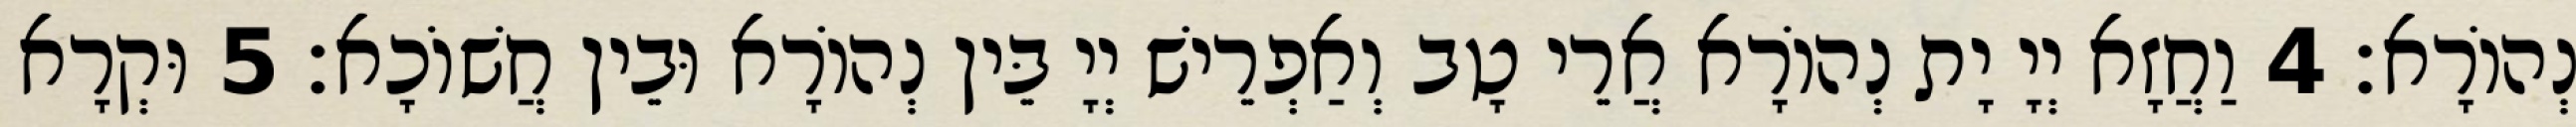
נְהוֹרָא׃ 4 וַחֲזָא יְיָ יָת נְהוֹרָא אֲרֵי טָב וְאַפְרֵישׁ יְיָ בֵּין נְהוֹרָא וּבֵין חֲשׁוֹכָא׃ 5 וּקְרָא